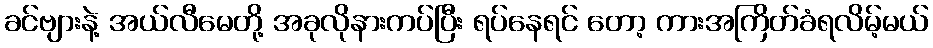
ခင်ဗျားနဲ့ အယ်လီမေတို့ အခုလိုနားကပ်ပြီး ရပ်နေရင် တော့ ကားအကြိတ်ခံရလိမ့်မယ်